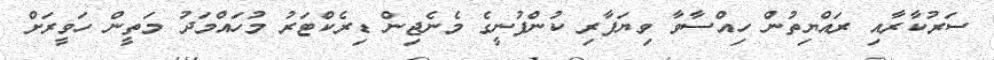
ސަރުކާރާއި ރައްޔިތުން ހިއްސާވާ ވިޔަފާރި ކުންފުނީގެ މެނެޖިން ޑިރެކްޓަރު މުހައްމަދު މަތީން ހަވީރަށް